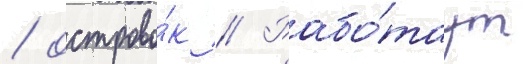
/ острово́к // Рабо́таут